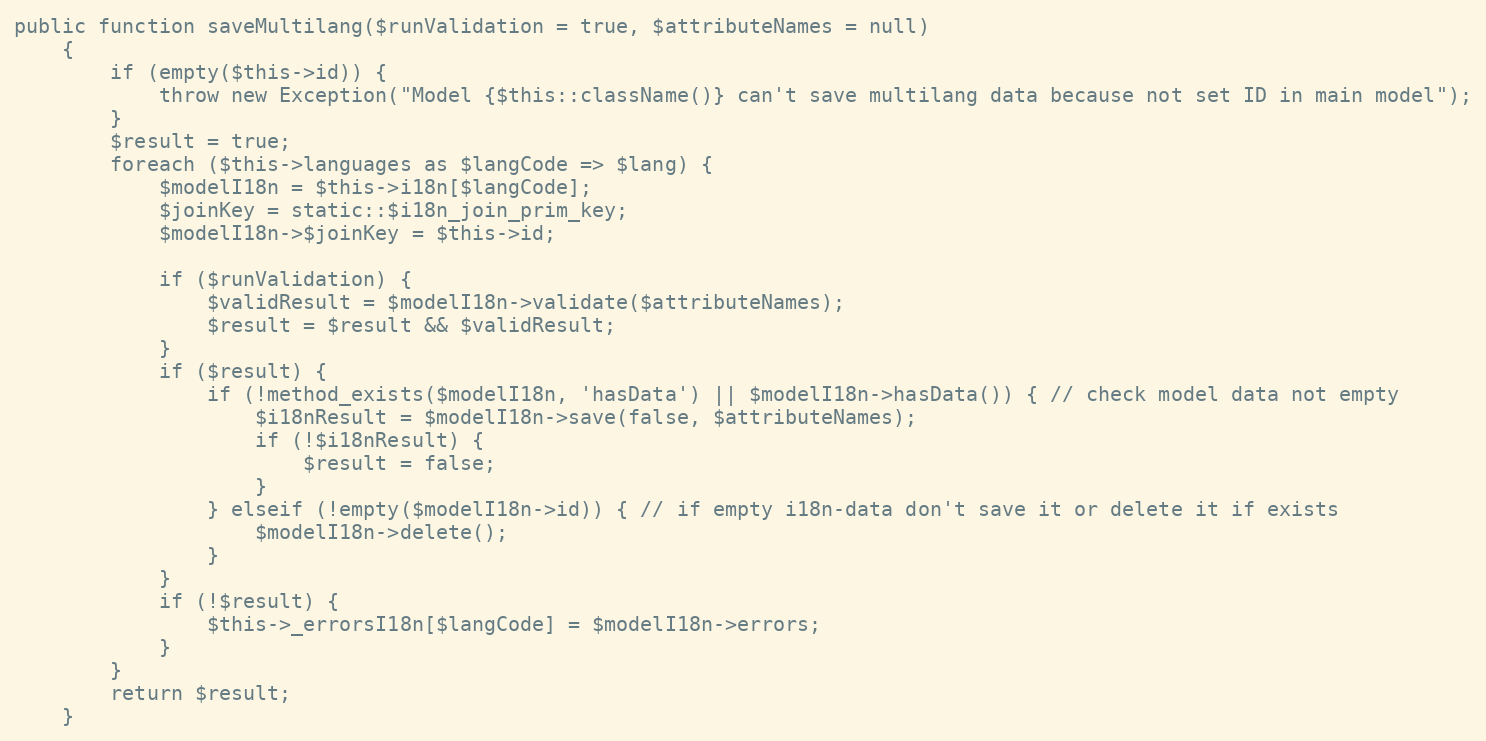
Language: PHP
public function saveMultilang($runValidation = true, $attributeNames = null)
    {
        if (empty($this->id)) {
            throw new Exception("Model {$this::className()} can't save multilang data because not set ID in main model");
        }
        $result = true;
        foreach ($this->languages as $langCode => $lang) {
            $modelI18n = $this->i18n[$langCode];
            $joinKey = static::$i18n_join_prim_key;
            $modelI18n->$joinKey = $this->id;

            if ($runValidation) {
                $validResult = $modelI18n->validate($attributeNames);
                $result = $result && $validResult;
            }
            if ($result) {
                if (!method_exists($modelI18n, 'hasData') || $modelI18n->hasData()) { // check model data not empty
                    $i18nResult = $modelI18n->save(false, $attributeNames);
                    if (!$i18nResult) {
                        $result = false;
                    }
                } elseif (!empty($modelI18n->id)) { // if empty i18n-data don't save it or delete it if exists
                    $modelI18n->delete();
                }
            }
            if (!$result) {
                $this->_errorsI18n[$langCode] = $modelI18n->errors;
            }
        }
        return $result;
    }